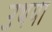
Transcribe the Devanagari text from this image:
उथया